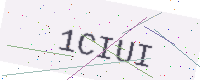
Text: 1CIUI